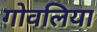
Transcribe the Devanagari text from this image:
गोवलिया